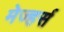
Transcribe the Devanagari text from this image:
मेज्हर्स